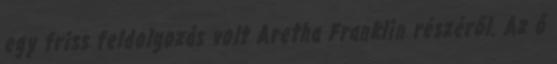
egy friss feldolgozás volt Aretha Franklin részéről. Az ő